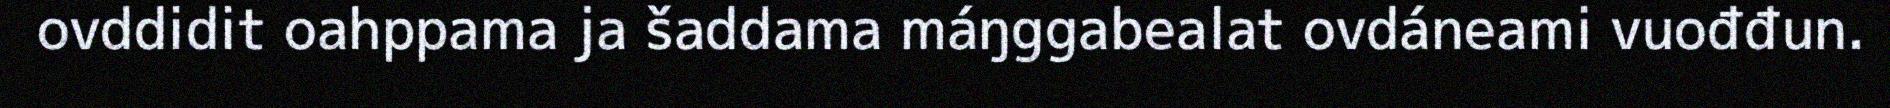
ovddidit oahppama ja šaddama máŋggabealat ovdáneami vuođđun.